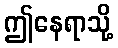
ဤနေရာသို့